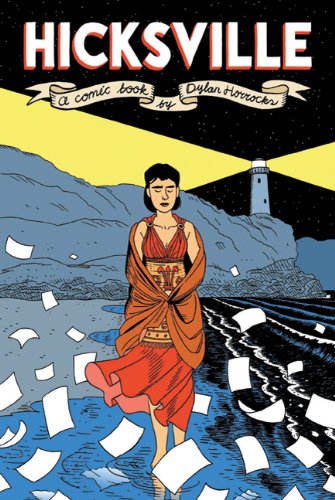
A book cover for Hicksville; Dylan Horrocks; Comics & Graphic Novels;